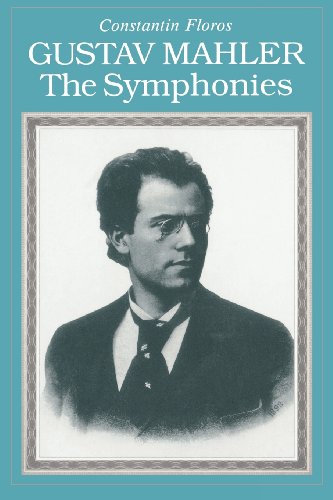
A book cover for Gustav Mahler: The Symphonies; Constantin Floros; Biographies & Memoirs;